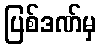
ပြစ်ဒဏ်မှ